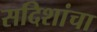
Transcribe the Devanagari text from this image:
सदिशांचा